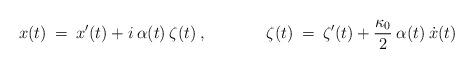
LaTeX: \begin{align*}x(t) \> = \>x'(t) + i \> \alpha(t) \> \zeta (t) \> , \hspace{1.5cm} \zeta(t) \> = \>\zeta'(t)+ \frac{\kappa_0}{2} \> \alpha(t)\> \dot x(t)\end{align*}